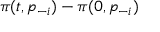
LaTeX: \pi ( t , p _ { - i } ) - \pi ( 0 , p _ { - i } )